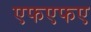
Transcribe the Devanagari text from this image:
एफएफए